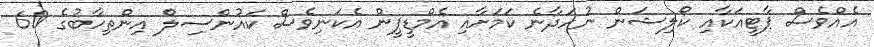
އެއްވެސް ޕާޓީއަކާއި ކޯލިޝަން ނުހަދާނެ ކަމަށާއި އެމްޑީޕީން އެކަނިވެސް ކައުންސިލް އިންތިހާބުގެ 60